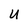
Character: U